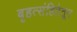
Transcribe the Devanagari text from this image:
बृहत्संहितेतून